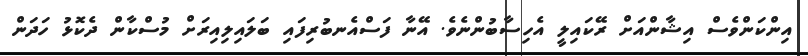
އިންކަންވެސް އިޝާންއަށް ރޭކައިލީ އެހިސާބުންނެވެ. އޭނާ ފަސްއެނބުރިފައި ބަލައިލިއިރަށް މުސްކާން ދެކޮޅު ހަދަން